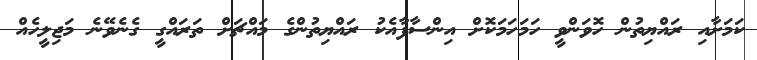
ކަމަށާއި ރައްޔިތުން ހޮވަންވީ ހަމަހަމަކޮށް އިންސާފާއެކު ރައްޔިތުންގެ މައްޗަށް ތަރައްގީ ގެނެވޭނެ މަޖިލީހެއް